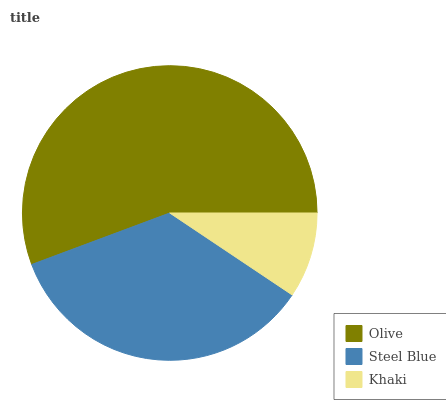
| Olive | Steel Blue | Khaki |
 | --- | --- | --- |
 | 55.7% | 34.9% | 9.39% |